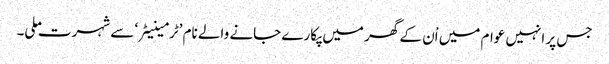
جس پر انہیں عوام میں اْن کے گھر میں پکارے جانے والے نام ’ٹرمینیٹر‘ سے شہرت ملی۔